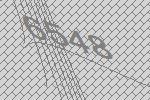
6548